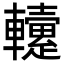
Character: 𨏡